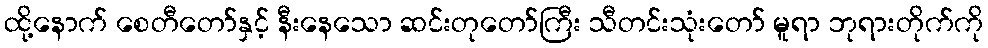
ထို့နောက် စေတီတော်နှင့် နီးနေသော ဆင်းတုတော်ကြီး သီတင်းသုံးတော် မူရာ ဘုရားတိုက်ကို